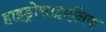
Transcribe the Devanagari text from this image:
हाइड्रोसाइएनिक